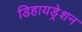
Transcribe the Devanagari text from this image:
डिहायड्रेशन